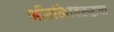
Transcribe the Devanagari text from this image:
श्रीलंकेविरुद्धचा